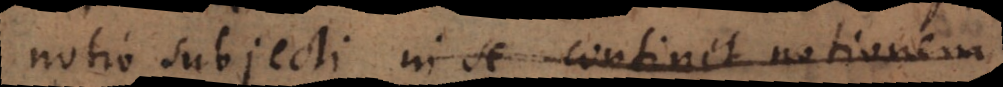
notio subjecti in se continet notionem